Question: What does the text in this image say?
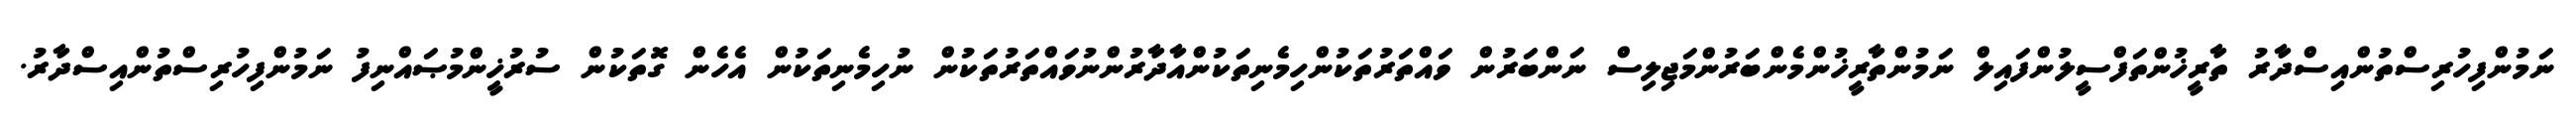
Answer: ނަމުންފިހުރިސްތުންއިސްދާރު ތާރީޚުންތަފްސީލުންފައިލް ނަމުންތާރީޚުންމެންބަރުންމަޖިލިސް ނަންބަރުން ވައްތަރުތަކުންހިމެނިތަކުންއާދާރުންނުވައްތަރުތަކުން ނުހިމެނިތަކުން އެހެން ގޮތަކުން ސުރުޚީންމުޞައްނިފު ނަމުންފިހުރިސްތުންއިސްދާރު.